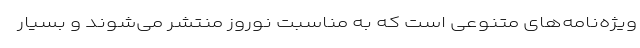
ویژه‌نامه‌های متنوعی است که به مناسبت نوروز منتشر می‌شوند و بسیار